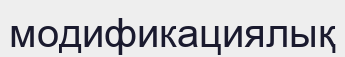
модификациялық